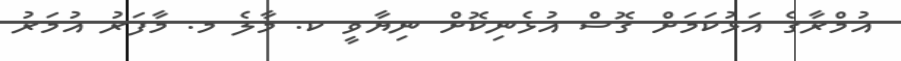
އުމްރާގެ އަޅުކަމަށް ގޮސް އުޅެނިކޮށް ނިޔާވީ ކ. މާލެ މ. މާފަރު އުމަރު